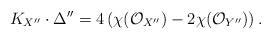
LaTeX: \begin{gather*}K_{X^{\prime\prime}}\cdot \Delta^{\prime\prime}=4\left(\chi(\mathcal{O}_{X^{\prime\prime}})-2\chi(\mathcal{O}_{Y^{\prime\prime}})\right).\end{gather*}